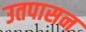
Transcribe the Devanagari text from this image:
उतपासन